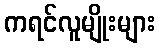
ကရင်လူမျိုးများ